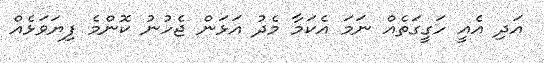
އަދި އެއީ ހަގީގަތެއް ނަމަ އެކަމާ މެދު އަޅަން ޖެހުނު ކޮންމެ ފިޔަވަޅެއް